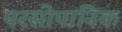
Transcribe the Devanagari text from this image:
परसोपानिक